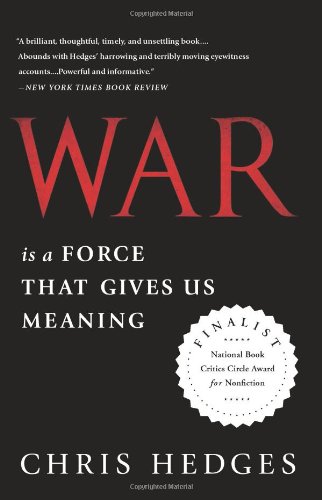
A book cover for War Is a Force that Gives Us Meaning; Chris Hedges; Politics & Social Sciences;